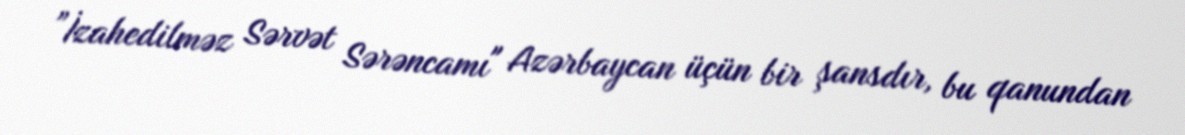
”İzahedilməz Sərvət Sərəncamı" Azərbaycan üçün bir şansdır, bu qanundan